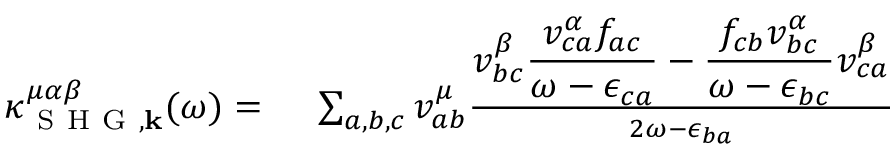
\begin{array} { r l } { \kappa _ { \mathrm { ~ S ~ H ~ G ~ } , \mathbf { k } } ^ { \mu \alpha \beta } ( \omega ) = \, \, } & { { } \sum _ { a , b , c } v _ { a b } ^ { \mu } \frac { \displaystyle v _ { b c } ^ { \beta } \frac { v _ { c a } ^ { \alpha } f _ { a c } } { \omega - \epsilon _ { c a } } - \frac { f _ { c b } v _ { b c } ^ { \alpha } } { \omega - \epsilon _ { b c } } v _ { c a } ^ { \beta } } { 2 \omega - \epsilon _ { b a } } } \end{array}